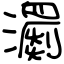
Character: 瀱